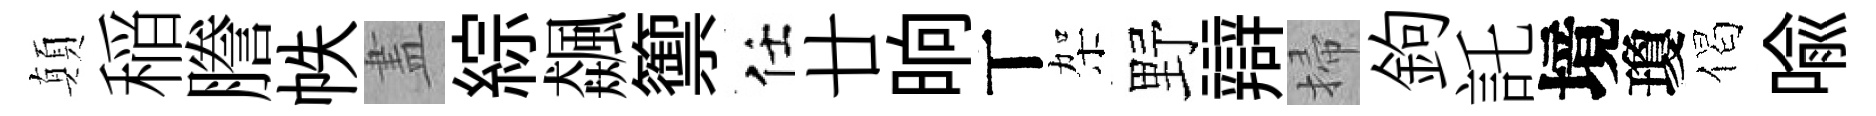
顛稲謄帙𥁞綜飆籞任廿晌丅架野辯掃鉤託境瓊偈喩